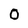
Character: 0